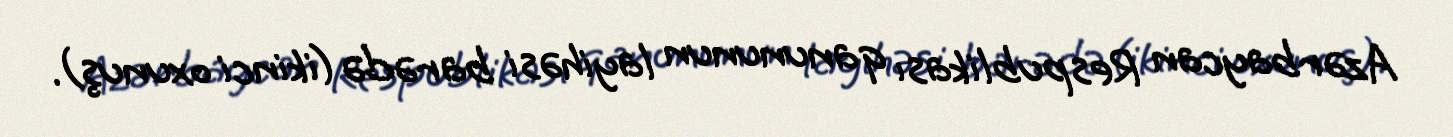
Azərbaycan Respublikası qanununun layihəsi barədə (ikinci oxunuş).